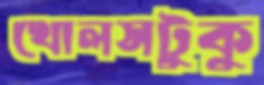
খোলসটুকু